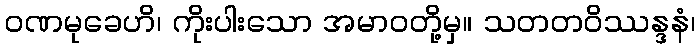
ဝဏမုခေဟိ၊ ကိုးပါးသော အမာဝတို့မှ။ သတတဝိဿန္ဒနံ၊